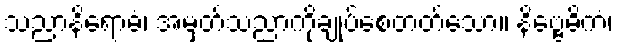
သညာနိရောဓံ၊ အမှတ်သညာကိုချုပ်စေတတ်သော။ နိဗ္ဗေဓိကံ၊